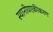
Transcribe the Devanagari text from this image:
स्थानीयएकीकरण